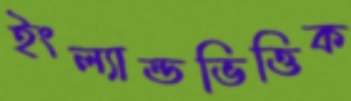
ইংল্যান্ডভিত্তিক